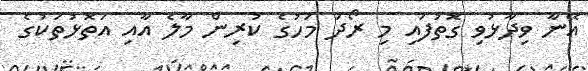
އޭނާ ވިދާޅުވި ގޮތުފައި މި ރޯދަ މަހުގެ ކުރިން މާލެ އާއި އަތޮޅުތަކުގެ